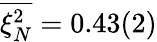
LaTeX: \overline{{\xi_{N}^{2}}}=0.43(2)